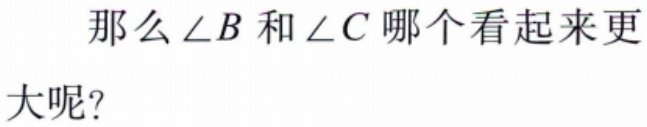
那么\(\angle B\)和\(\angle C\)哪个看起来更

大呢?